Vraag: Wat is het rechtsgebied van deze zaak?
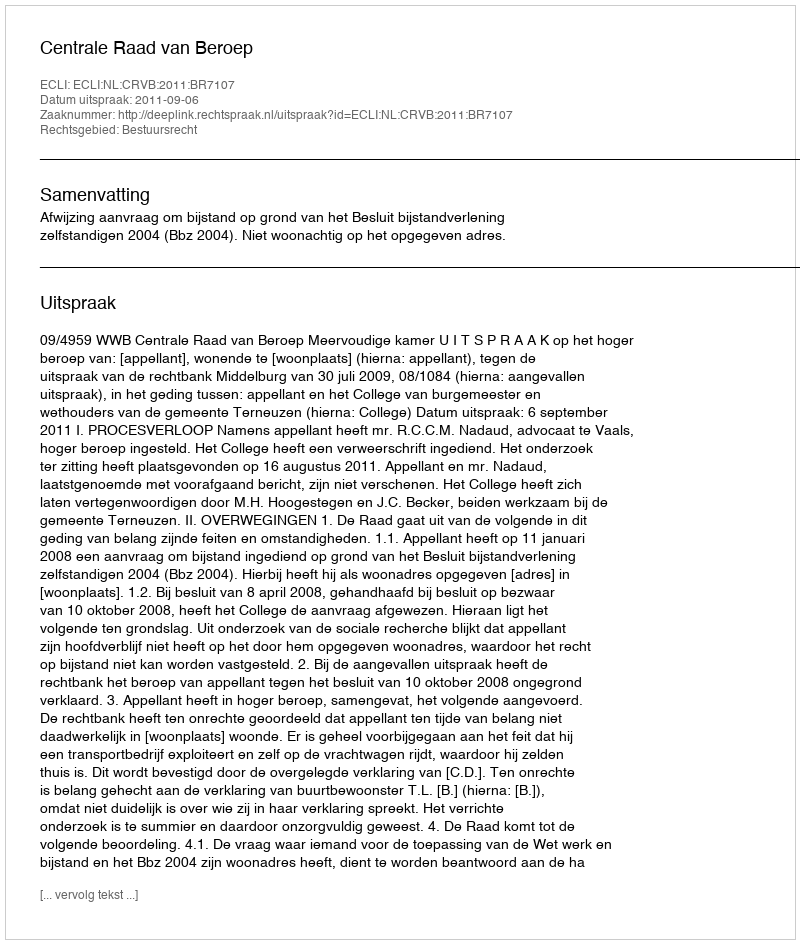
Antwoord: Bestuursrecht